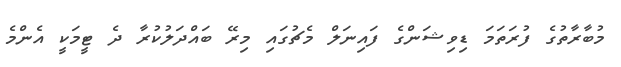
މުބާރާތުގެ ފުރަތަމަ ޑިވިޝަންގެ ފައިނަލް މެޗުގައި މިރޭ ބައްދަލުކުރާ ދެ ޓީމަކީ އެންމެ